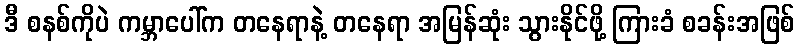
ဒီ စနစ်ကိုပဲ ကမ္ဘာပေါ်က တနေရာနဲ့ တနေရာ အမြန်ဆုံး သွားနိုင်ဖို့ ကြားခံ စခန်းအဖြစ်